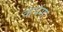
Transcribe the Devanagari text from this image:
कपंगा